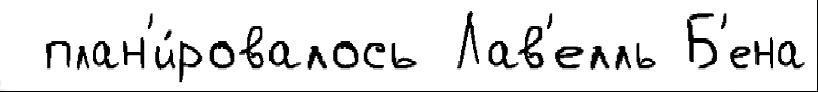
 план'и́ровалось Лав'елль Б'ена